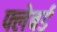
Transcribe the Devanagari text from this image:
फ्लेबर्ड